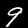
Digit: 9